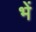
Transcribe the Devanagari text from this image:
भें